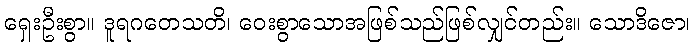
ရှေးဦးစွာ။ ဒူရဂတေသတိ၊ ဝေးစွာသောအဖြစ်သည်ဖြစ်လျှင်တည်း။ သောဒိဇော၊